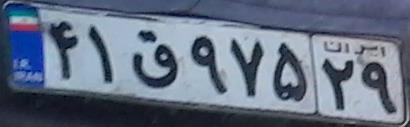
۴۱ق۹۷۵۲۹